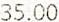
35.00